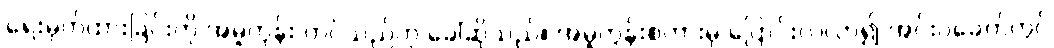
ရေးမှတ်ထားခြင်းကို အမူကွန်း တင်သည်ဟု ခေါ်ဆိုသည်။ အမူကွန်းစကားမှ ပြောင်းလဲလာ၍ အင်းဝခေတ်တွင်